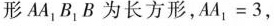
形AA1_{1}B_{1}B为长方形，AA_{1}=3，